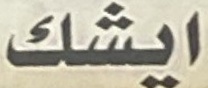
ایشك